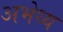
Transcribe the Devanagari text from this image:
अभेध्य